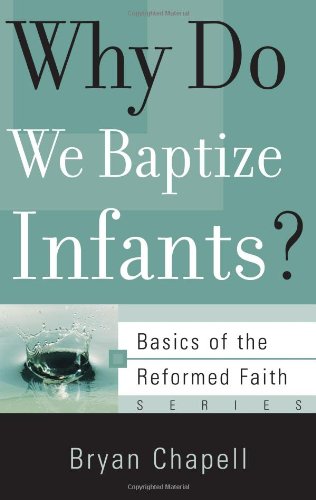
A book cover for Why Do We Baptize Infants? (Basics of the Faith) (Basics of the Reformed Faith); Bryan Chapell; Christian Books & Bibles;